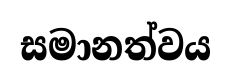
සමානත්වය